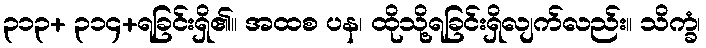
၃၁၃+ ၃၁၄+ရခြင်းရှိ၏။ အထစ ပန၊ ထိုသို့ရခြင်းရှိလျက်လည်း။ သိက္ခံ၊